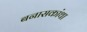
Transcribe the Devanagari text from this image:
बनासकांथा